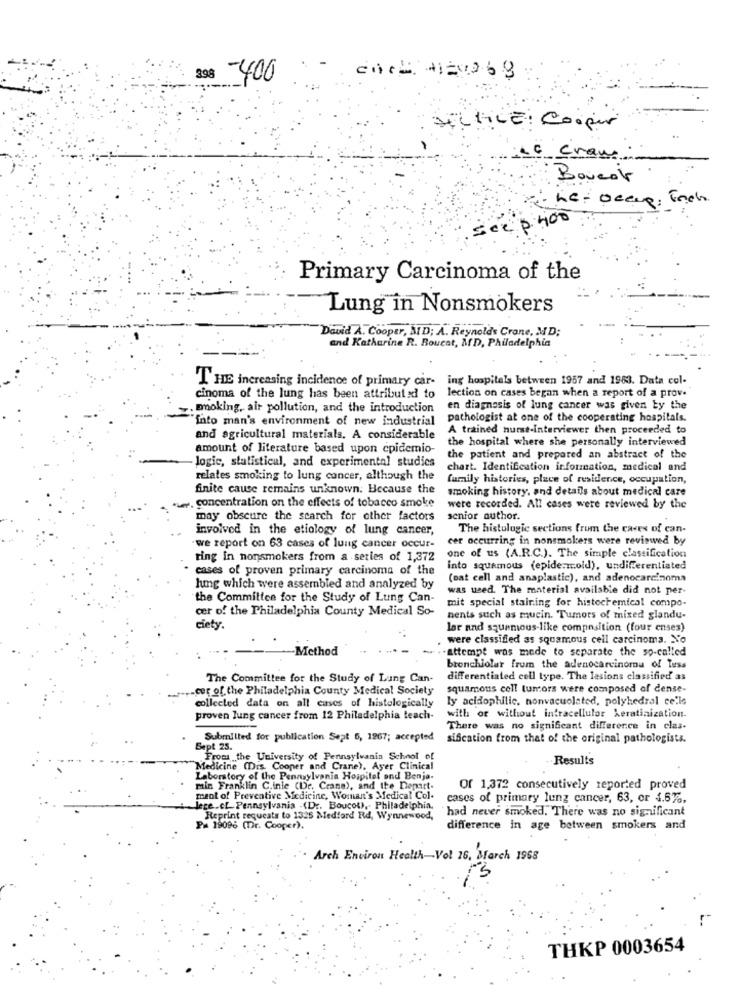
398 -400
DiLHICE : Cooper
Le Craw
Boveor
see p 400
Primary Carcinoma of the
Lung in Nonsmokers
David A. Cooper, AD; A. Reynolds Crane, MD;
and Katharine R. Boucat, MD, Philadelphia
THE increasing incidence of primary car-
ing hospitals between 1957 and 1983. Data col-
cinoma of the lung has been attributed to
lection on cases began when a report of a prov.
. moking, air pollution, and the introduction
en diagnosis of lung cancer was given by the
into man's environment of new industrial
pathologist at one of the cooperating hospitals.
A trained hurst-Interviewer then proceeded to
and agricultural materials. A considerable
the hospital where she personally interviewed
amount of literature based upon cpidemio-
the patient and prepared an abstract of the
logic, statistical, and experimental studies
chart. Identification information, medical and
relates smoking to lung cancer, although the
family histories, place of residence, occupation,
finite cause remains unknown. Because the
smoking history, and details about medical care
4. concentration on the effects of tobacco smoke
were recorded. All cases were reviewed by the
may obscure the search for other factors
senior author.
involved in the etiology of lung cancer,
The histologic sections (rum the caves of can-
cer occurring in nonsmokers were reviewed by
we report on 63 cases of lung cancer occur-
ring in nonsmokers from a series of 1,372
one of us (A.R.C.). The simple classification
cases of proven primary carcinoma of the
into squamous (epide.mr.old), undifferentiated
(oat call and anaplastic), and adenocarcinoma
lung which were assembled and analyzed by
was used. The material available did not per-
the Committee for the Study of Lung Can-
mit special staining for histochemical compo-
cer of the Philadelphia County Medical So-
nents such as mucin. Tumors of mixed glandu-
ciety.
lar and squamous-like composition (four enses)
were classified as squamous cell carcinoma. No
-Method
attempt was mede to separate the so-called
bronchiolur from the adenocarcinoma of Tess
The Committee for the Study of Lung Can-
differentiated cell type. The lesions classified as
-cet of the Philadelphia County Medical Society
squamous cell tumors were composed of dense-
collected data on all cases of histologically
ly acidophilic. nonvacuolated, polyhedral celle
proven lung cancer from 12 Philadelphia teach-
with or without intracellular keratinization.
There was no significant difference in clas-
Submitted for publication Sept 6, 1967; accepted
sification from that of the original pathologists.
Sept 25.
From the University of Pennsylvania School of
Results
Medicine (Dis. Cooper and Crane), Ayer Clinical
Laboratory of the Pennsylvania Hospital ond Benja-
min Franklin C.inie (Dr. Crane), and the Depart.
Of 1,372 consecutively reported proved
ment of Preventive Medicine, Woman's Medical Col.
cases of primary lung cancer, 63, or 4.6%.
Jege.cL. Pennsylvania -(D ., Boucot), Philadelphia,
Reprint requests to 1325 Medford Rd, Wynnewood,
had never smoked, There was no significant
Pa 1909: (Dr. Cooper).
difference in age between smokers and
Arch Environ Health-Vol 16, March 1968
THKP 0003654